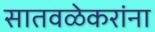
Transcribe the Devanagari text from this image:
सातवळेकरांना